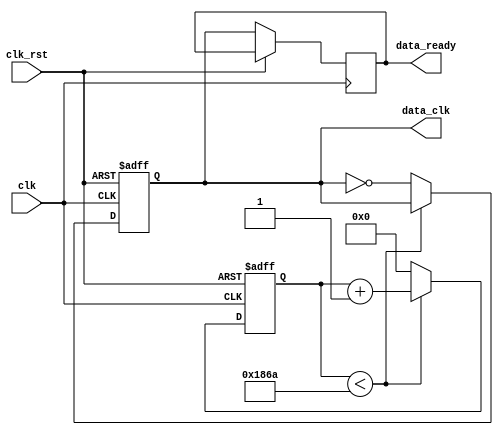
`timescale 1ns / 1ps
//////////////////////////////////////////////////////////////////////////////////
// Company: 
// Engineer: 
// 
// Design Name: 
// Module Name:    data_clk_gen 
// Project Name: 
// Target Devices: 
// Tool versions: 
// Description: 
//
// Dependencies: 
//
// Revision: 
// Revision 0.01 - File Created
// Additional Comments: 
//
//////////////////////////////////////////////////////////////////////////////////
module data_clk_gen(
	clk_rst,
	clk,
	data_clk,
	data_ready
    );

input clk_rst;
input clk;
output reg data_clk;
reg [15:0] clkcnt;
output reg data_ready;

//parameter clk_div=20000; //
parameter clk_div=6250; // 


always @(posedge clk or posedge clk_rst)
		begin
			if (clk_rst)
			begin
				data_clk<=0;
				clkcnt<=0;
			end
			else
			begin
				if (clkcnt<clk_div)
					begin
						clkcnt<=clkcnt+1;
					end
					else
					begin
						data_clk<=~data_clk;
						clkcnt<=0;
					end
					data_ready<=data_clk;
			end
		end
endmodule